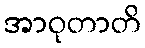
အာဝုတာတိ